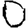
Digit: 0